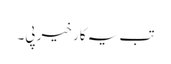
تب یہ کار خیر پی۔